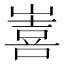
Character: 𭗖